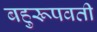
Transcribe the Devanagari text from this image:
बहुरूपवती